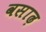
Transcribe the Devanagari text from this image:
वसाढ़